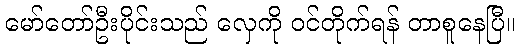
မော်တော်ဦးပိုင်းသည် လှေကို ဝင်တိုက်ရန် တာစူနေပြီ။